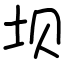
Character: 坝